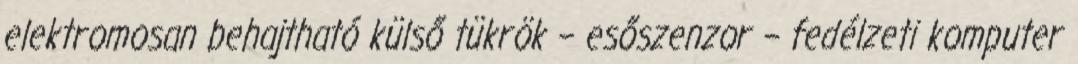
elektromosan behajtható külső tükrök – esőszenzor – fedélzeti komputer